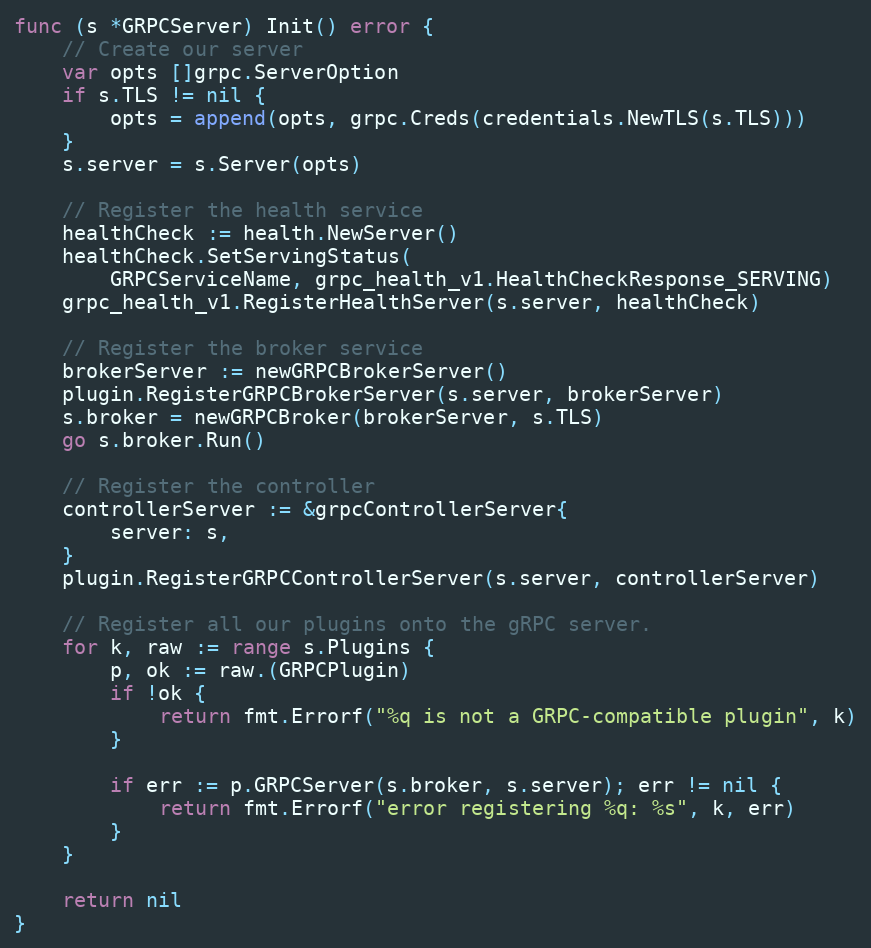
Language: Go
func (s *GRPCServer) Init() error {
	// Create our server
	var opts []grpc.ServerOption
	if s.TLS != nil {
		opts = append(opts, grpc.Creds(credentials.NewTLS(s.TLS)))
	}
	s.server = s.Server(opts)

	// Register the health service
	healthCheck := health.NewServer()
	healthCheck.SetServingStatus(
		GRPCServiceName, grpc_health_v1.HealthCheckResponse_SERVING)
	grpc_health_v1.RegisterHealthServer(s.server, healthCheck)

	// Register the broker service
	brokerServer := newGRPCBrokerServer()
	plugin.RegisterGRPCBrokerServer(s.server, brokerServer)
	s.broker = newGRPCBroker(brokerServer, s.TLS)
	go s.broker.Run()

	// Register the controller
	controllerServer := &grpcControllerServer{
		server: s,
	}
	plugin.RegisterGRPCControllerServer(s.server, controllerServer)

	// Register all our plugins onto the gRPC server.
	for k, raw := range s.Plugins {
		p, ok := raw.(GRPCPlugin)
		if !ok {
			return fmt.Errorf("%q is not a GRPC-compatible plugin", k)
		}

		if err := p.GRPCServer(s.broker, s.server); err != nil {
			return fmt.Errorf("error registering %q: %s", k, err)
		}
	}

	return nil
}